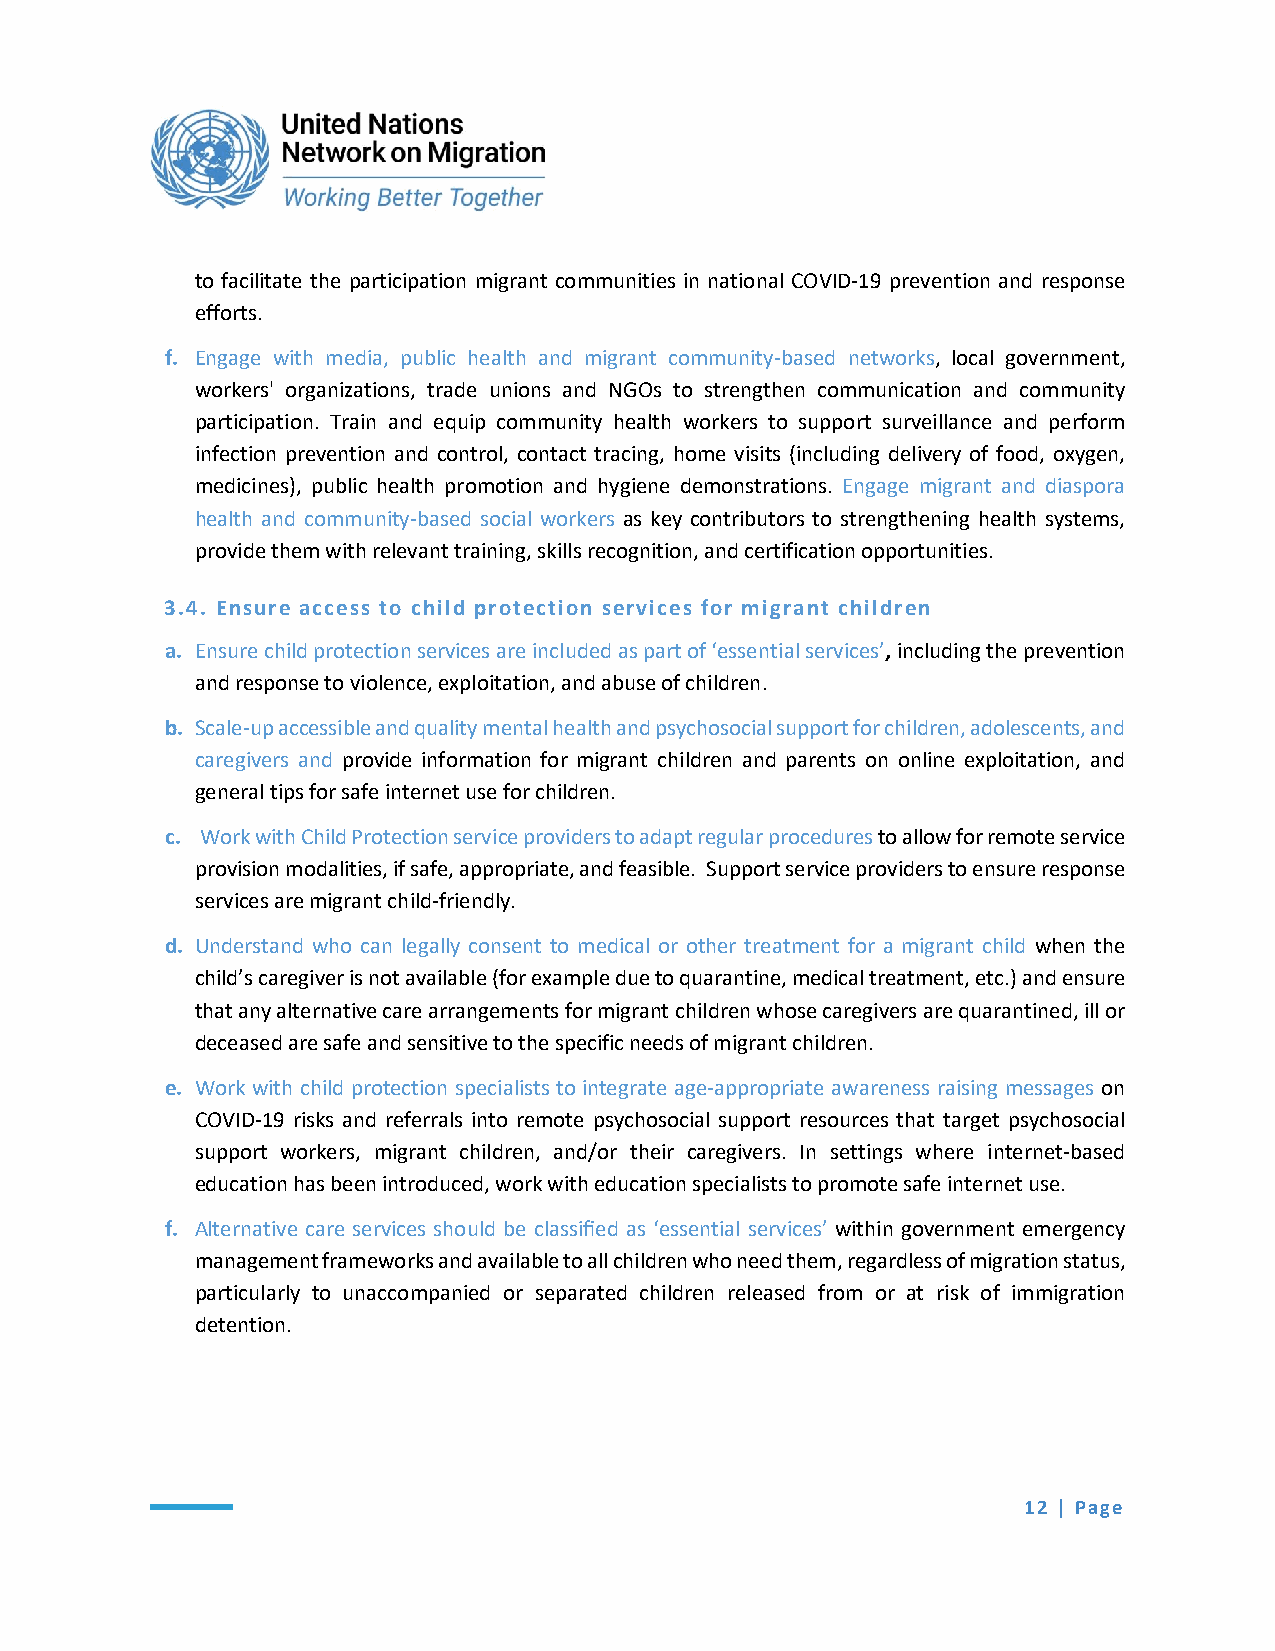
to facilitate the participation migrant communities in national COVID-19 prevention and response
 efforts.
 f. Engage with media, public health and migrant community-based networks, local government,
 workers' organizations, trade unions and NGOs to strengthen communication and community
 participation. Train and equip community health workers to support surveillance and perform
 infection prevention and control, contact tracing, home visits (including delivery of food, oxygen,
 medicines), public health promotion and hygiene demonstrations. Engage migrant and diaspora
 health and community-based social workers as key contributors to strengthening health systems,
 provide them with relevant training, skills recognition, and certification opportunities.
 3.4. Ensure access to child protection services for migrant children
 a. Ensure child protection services are included as part of ‘essential services’, including the prevention
 and response to violence, exploitation, and abuse of children.
 b. Scale-up accessible and quality mental health and psychosocial support for children, adolescents, and
 caregivers and provide information for migrant children and parents on online exploitation, and
 general tips for safe internet use for children.
 c. Work with Child Protection service providers to adapt regular procedures to allow for remote service
 provision modalities, if safe, appropriate, and feasible. Support service providers to ensure response
 services are migrant child-friendly.
 d. Understand who can legally consent to medical or other treatment for a migrant child when the
 child’s caregiver is not available (for example due to quarantine, medical treatment, etc.) and ensure
 that any alternative care arrangements for migrant children whose caregivers are quarantined, ill or
 deceased are safe and sensitive to the specific needs of migrant children.
 e. Work with child protection specialists to integrate age-appropriate awareness raising messages on
 COVID-19 risks and referrals into remote psychosocial support resources that target psychosocial
 support workers, migrant children, and/or their caregivers. In settings where internet-based
 education has been introduced, work with education specialists to promote safe internet use.
 f. Alternative care services should be classified as ‘essential services’ within government emergency
 management frameworks and available to all children who need them, regardless of migration status,
 particularly to unaccompanied or separated children released from or at risk of immigration
 detention.
 12 | Page